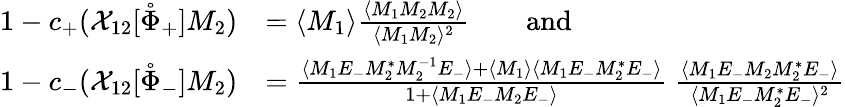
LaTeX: \begin{array}{rl}{1-c_{+}(\mathcal{X}_{12}[\mathring{\Phi}_{+}]M_{2})}&{=\langle M_{1}\rangle\frac{\langle M_{1}M_{2}M_{2}\rangle}{\langle M_{1}M_{2}\rangle^{2}}\qquad\mathrm{and}}\\ {1-c_{-}(\mathcal{X}_{12}[\mathring{\Phi}_{-}]M_{2})}&{=\frac{\langle M_{1}E_{-}M_{2}^{*}M_{2}^{-1}E_{-}\rangle+\langle M_{1}\rangle\langle M_{1}E_{-}M_{2}^{*}E_{-}\rangle}{1+\langle M_{1}E_{-}M_{2}E_{-}\rangle}\ \frac{\langle M_{1}E_{-}M_{2}M_{2}^{*}E_{-}\rangle}{\langle M_{1}E_{-}M_{2}^{*}E_{-}\rangle^{2}}}\end{array}